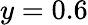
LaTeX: y=0.6